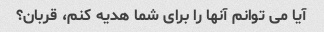
آیا می توانم آنها را برای شما هدیه کنم، قربان؟